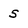
Character: s